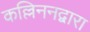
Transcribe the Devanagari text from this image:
कल्लिननद्वारा